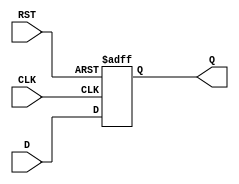
module intermediate_register #(
    parameter WIDTH = 8  // Parameter to define the bit width of the register
)(
    input wire [WIDTH-1:0] D,   // Data input
    input wire CLK,              // Clock input
    input wire RST,              // Reset input
    output reg [WIDTH-1:0] Q     // Data output
);

// Always block triggered on the clock edge or reset
always @(posedge CLK or posedge RST) begin
    if (RST) begin
        Q <= {WIDTH{1'b0}};  // Clear the register (reset to 0)
    end else begin
        Q <= D;              // Capture the input data on clock edge
    end
end

endmodule